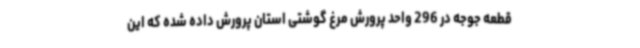
قطعه جوجه در 296 واحد پرورش مرغ گوشتی استان پرورش داده شده که این